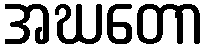
အဃတော